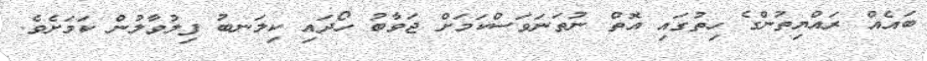
ބައެއް ރައްޔިތުންގެ ހިތުގައި އޮތް ނުތަނަވަސްކަމަށް ޖަވާބު ހޯދައި ކިލަނބު ފިލުވާލުން ކަމަށެވެ.